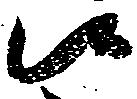
候